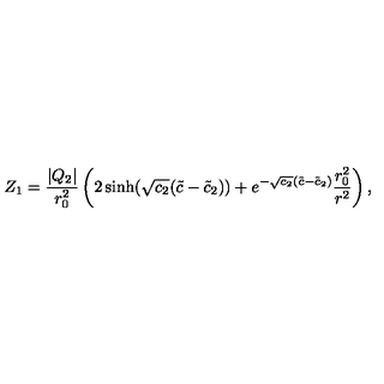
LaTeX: Z _ { 1 } = \frac { | Q _ { 2 } | } { r _ { 0 } ^ { 2 } } \left( 2 \sinh ( \sqrt { c _ { 2 } } ( \tilde { c } - \tilde { c } _ { 2 } ) ) + e ^ { - \sqrt { c _ { 2 } } ( \tilde { c } - \tilde { c } _ { 2 } ) } \frac { r _ { 0 } ^ { 2 } } { r ^ { 2 } } \right) ,